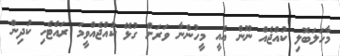
މާހަލަބޮލި ކުއްޖެއް ނޫން އެއީ މީހުންނާ ވަރަށް ގުޅޭ ކުއްޖެއްވީމަ ރައްޓެހި ކުދިން